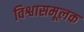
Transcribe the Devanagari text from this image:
विश्वासमूलक